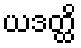
ယဒတ္ထိ